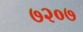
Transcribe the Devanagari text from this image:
७२०७